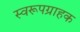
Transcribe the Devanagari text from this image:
स्वरूपग्राहक